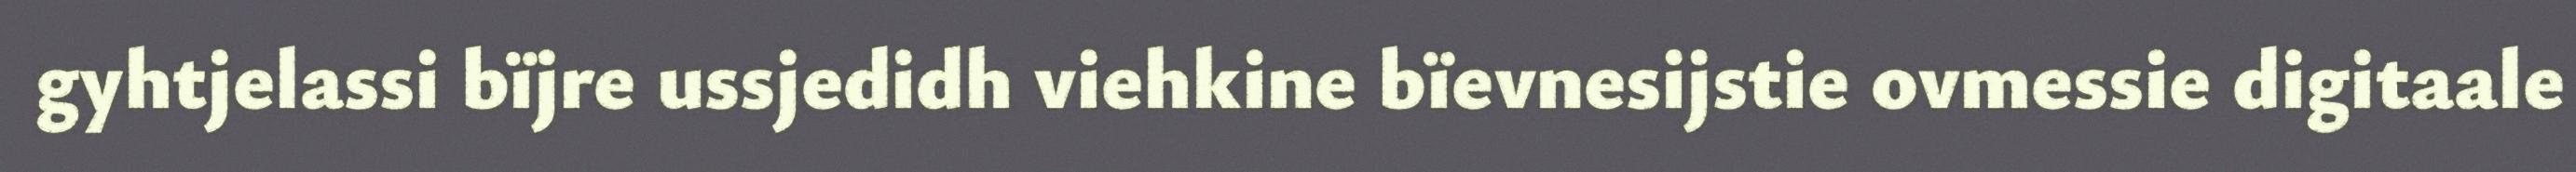
gyhtjelassi bïjre ussjedidh viehkine bïevnesijstie ovmessie digitaale